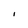
Character: I